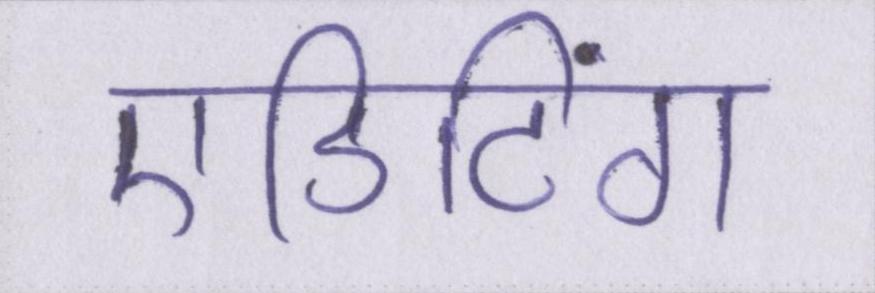
एडिटिंग